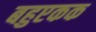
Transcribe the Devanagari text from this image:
बहुएकक